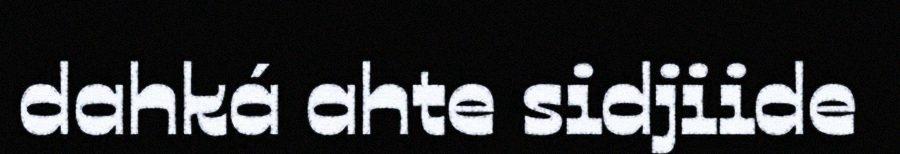
dahká ahte sidjiide